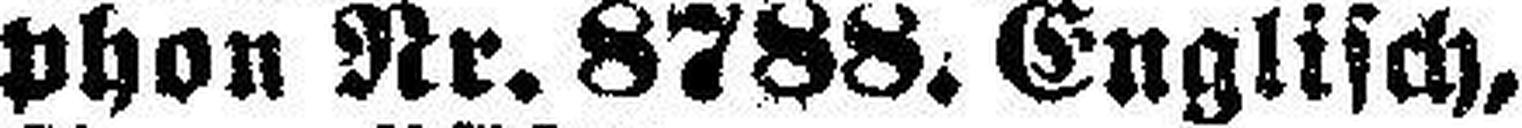
phon Nr. 8788, Englisch,